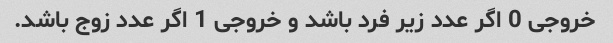
خروجی 0 اگر عدد زیر فرد باشد و خروجی 1 اگر عدد زوج باشد.